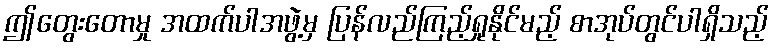
ဤတွေးတောမှု အထက်ပါအဖွဲ့မှ ပြန်လည်ကြည့်ရှုနိုင်မည့် စာအုပ်တွင်ပါရှိသည့်